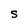
Character: S